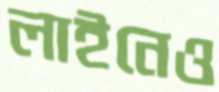
লাইনেও